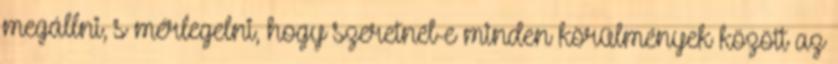
megállni, s mérlegelni, hogy szeretnél-e minden körülmények között az